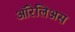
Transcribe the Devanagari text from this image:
ऑरेलिअस